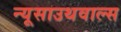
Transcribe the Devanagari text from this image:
न्यूसाउथवाल्स